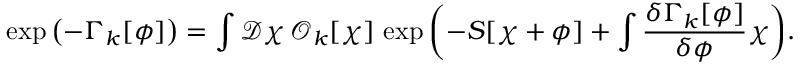
\exp { \left( - \Gamma _ { k } [ \phi ] \right) } = \int { \mathcal D } \chi \, { \mathcal O } _ { k } [ \chi ] \, \exp { \left( - S [ \chi + \phi ] + \int \frac { \delta \Gamma _ { k } [ \phi ] } { \delta \phi } \chi \right) } .